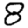
Digit: 8